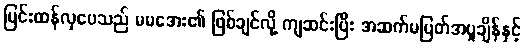
ပြင်းထန်လှပေသည် မမအေး၏ ဖြစ်ချင်လို့ ကျဆင်းပြီး အဆက်မပြတ်အပူချိန်နှင့်